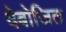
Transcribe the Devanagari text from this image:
देबोजित